Civil Veterinary Department. United Provinces 1923-31 - 1923-1931
Year: 1923
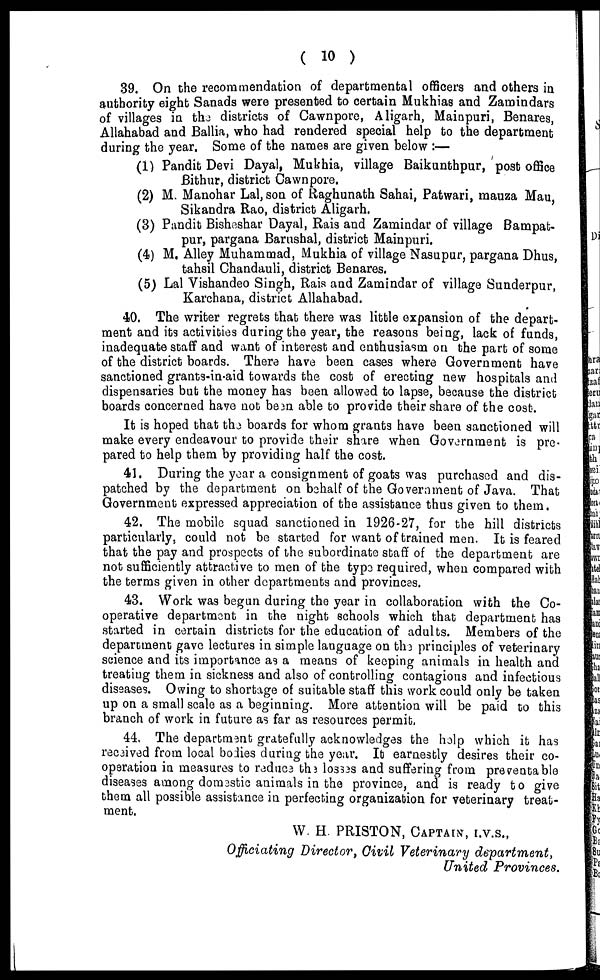
( 10 )
39. On the recommendation of departmental officers and others in
authority eight Sanads were presented to certain Mukhias and Zamindars
of villages in the districts of Cawnpore, Aligarh, Mainpuri, Benares,
Allahabad and Ballia, who had rendered special help to the department
during the year. Some of the names are given below:—
(1) Pandit Devi Dayal, Mukhia, village Baikunthpur, post office
Bithur, district Cawnpore.
(2) M. Manohar Lal, son of Raghunath Sahai, Patwari, mauza Mau,
Sikandra Rao, district Aligarh.
(3) Pandit Bisheshar Dayal, Rais and Zamindar of village Bampat-
pur, pargana Barashal, district Mainpuri.
(4) M. Alley Muhammad, Mukhia of village Nasupur, pargana Dhus,
tahsil Chandauli, district Benares.
(5) Lal Vishandeo Singh, Rais and Zamindar of village Sunderpur,
Karchana, district Allahabad.
40. The writer regrets that there was little expansion of the depart-
ment and its activities during the year, the reasons being, lack of funds,
inadequate staff and want of interest and enthusiasm on the part of some
of the district boards. There have been cases where Government have
sanctioned grants-in aid towards the cost of erecting new hospitals and
dispensaries but the money has been allowed to lapse, because the district
boards concerned have not been able to provide their share of the cost.
It is hoped that the boards for whom grants have been sanctioned will
make every endeavour to provide their share when Government is pre-
pared to help them by providing half the cost.
41. During the year a consignment of goats was purchased and dis-
patched by the department on behalf of the Government of Java. That
Government expressed appreciation of the assistance thus given to them.
42. The mobile squad sanctioned in 1926-27, for the hill districts
particularly, could not be started for want of trained men. It is feared
that the pay and prospects of the subordinate staff of the department are
not sufficiently attractive to men of the type required, when compared with
the terms given in other departments and provinces.
43. Work was begun during the year in collaboration with the Co-
operative department in the night schools which that department has
started in certain districts for the education of adults. Members of the
department gave lectures in simple language on the principles of veterinary
science and its importance as a means of keeping animals in health and
treating them in sickness and also of controlling contagious and infectious
diseases. Owing to shortage of suitable staff this work could only be taken
up on a small scale as a beginning. More attention will be paid to this
branch of work in future as far as resources permit,
44. The department gratefully acknowledges the help which it has
received from local bodies during the year. It earnestly desires their co-
operation in measures to reduce the losses and suffering from preventable
diseases among domestic animals in the province, and is ready to give
them all possible assistance in perfecting organization for veterinary treat-
ment.
W. H. PRISTON, CAPTAIN, I.V.S.,
Officiating Director, Civil Veterinary
department,
United Provinces.